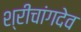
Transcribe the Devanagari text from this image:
श्रीचांगदेव